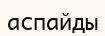
аспайды